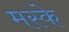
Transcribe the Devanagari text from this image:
मस्के